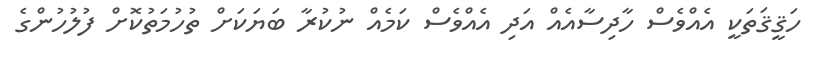
ހަޤީޤަތަކީ އެއްވެސް ހާދިސާއެއް އަދި އެއްވެސް ކަމެއް ނުކުރާ ބަޔަކަށް ތުހުމަތުކޮށް ފުލުހުންގެ